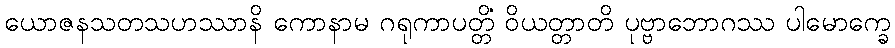
ယောဇနသတသဟဿာနိ ကောနာမ ဂရုကာပတ္တိံ ဝိယတ္တာတိ ပုဗ္ဗာဘောဂဿ ပါမောက္ခေ